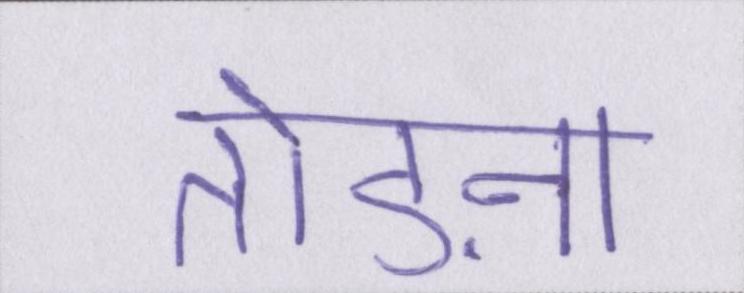
तोड़ना